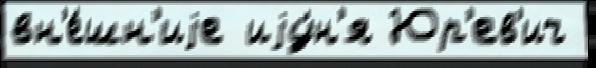
вн'е́шн'иjе иjу́н'я Юр'ев'ич